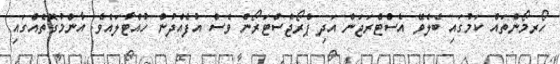
ހޯރމޯންތައް ކަމުގައި ބެލެވޭ އެސްޓްރަޖަން އަދި ޕްރޯޖެސްޓަރޯން ވެސް އުފެއްދުން ހުއްޓާލައެވެ. އާންމުގޮތެއްގައި